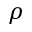
\rho